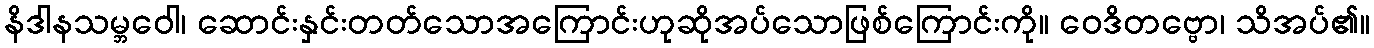
နိဒါနသမ္ဘဝေါ၊ ဆောင်းနှင်းတတ်သောအကြောင်းဟုဆိုအပ်သောဖြစ်ကြောင်းကို။ ဝေဒိတဗ္ဗော၊ သိအပ်၏။